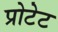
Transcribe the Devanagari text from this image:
प्रोटेट